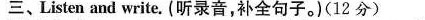
三、Listen and write. (听录音,补全句子.(12 分)